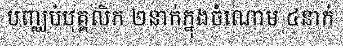
បញ្ឈប់បុគ្គលិក ២នាក់ក្នុងចំណោម ៤នាក់